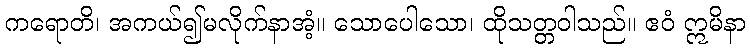
ကရောတိ၊ အကယ်၍မလိုက်နာအံ့။ သောပေါသော၊ ထိုသတ္တဝါသည်။ ဧဝံ ဣမိနာ